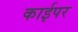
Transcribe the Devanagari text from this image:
काईपर